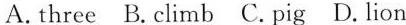
A.three B.climb C.pig D.lion